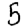
Digit: 5